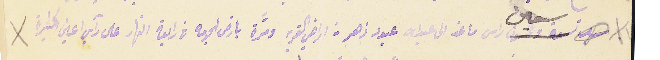
سبعين راس ماعز الى عبدالله عبود زهر من اراضي القرية ومرًة بارض الجومه فى رابعة النهار على رآي اعين كثيرة